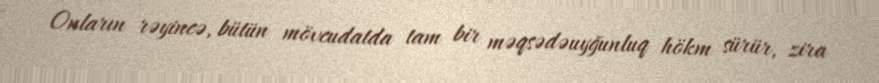
Onların rəyincə, bütün mövcudatda tam bir məqsədəuyğunluq hökm sürür, zira